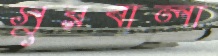
সুরবালা